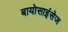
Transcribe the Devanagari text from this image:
बायोसाइंसेज